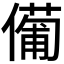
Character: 𠏆